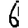
Digit: 6